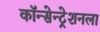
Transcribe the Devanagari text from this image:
कॉन्सेन्ट्रेशनला